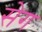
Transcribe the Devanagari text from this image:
सेग